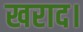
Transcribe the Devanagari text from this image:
खराद।